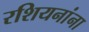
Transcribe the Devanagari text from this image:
रशियनांना